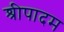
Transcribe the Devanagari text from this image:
श्रीपादम